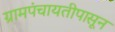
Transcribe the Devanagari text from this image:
ग्रामपंचायतीपासून